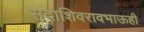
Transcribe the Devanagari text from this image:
सदाशिवरावभाऊही